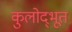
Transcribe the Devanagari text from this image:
कुलोद्‌भूत